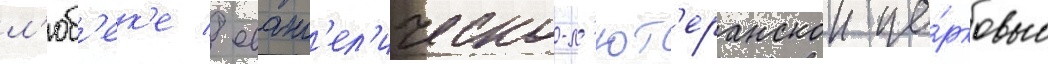
л'юб'ек'е / еванг'ел'ическо-л'ют'еранскои це́рковью